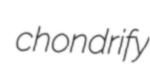
chondrify